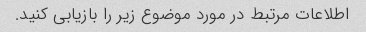
اطلاعات مرتبط در مورد موضوع زیر را بازیابی کنید.